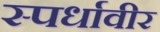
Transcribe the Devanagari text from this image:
स्पर्धावीर